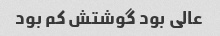
عالی بود گوشتش کم بود